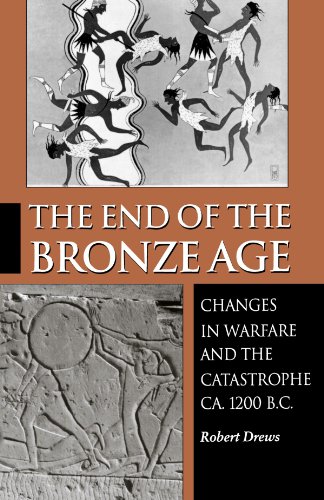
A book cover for The End of the Bronze Age; Robert Drews; History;